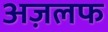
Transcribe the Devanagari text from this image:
अज़लफ